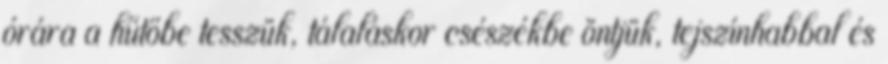
órára a hűtőbe tesszük, tálaláskor csészékbe öntjük, tejszínhabbal és